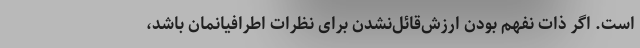
است. اگر ذات نفهم بودن ارزش‌قائل‌نشدن برای نظرات اطرافیانمان باشد،